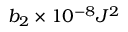
b _ { 2 } \times 1 0 ^ { - 8 } J ^ { 2 }